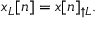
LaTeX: x _ { L } [ n ] = x [ n ] _ { \uparrow L } .